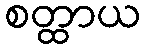
စတ္ထာယ